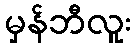
မှန်ဘီလူး